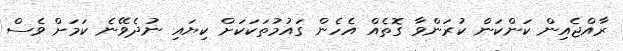
ރާއްޖެއިން ކަންކަން ކުރަންވާ ގޮތެއް އެހެން ގައުމުތަކަކަށް ކިޔައި ނުދެވޭނެ ކަމަށް ވެސް